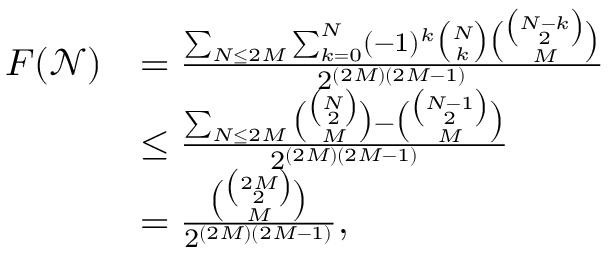
\begin{array} { r l } { F ( \mathcal { N } ) } & { = \frac { \sum _ { N \leq 2 M } \sum _ { k = 0 } ^ { N } ( - 1 ) ^ { k } \binom { N } { k } \binom { \binom { N - k } { 2 } } { M } } { 2 ^ { ( 2 M ) ( 2 M - 1 ) } } } \\ & { \leq \frac { \sum _ { N \leq 2 M } \binom { \binom { N } { 2 } } { M } - \binom { \binom { N - 1 } { 2 } } { M } } { 2 ^ { ( 2 M ) ( 2 M - 1 ) } } } \\ & { = \frac { \binom { \binom { 2 M } { 2 } } { M } } { 2 ^ { ( 2 M ) ( 2 M - 1 ) } } , } \end{array}